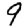
Digit: 9